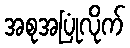
အစုအပြုံလိုက်